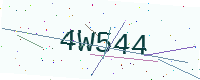
Text: 4W544